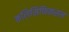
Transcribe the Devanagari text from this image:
कलिसिफिकसन